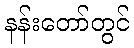
နန်းတော်တွင်